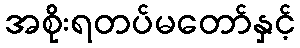
အစိုးရတပ်မတော်နှင့်